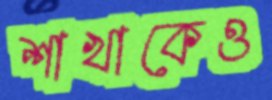
শাখাকেও